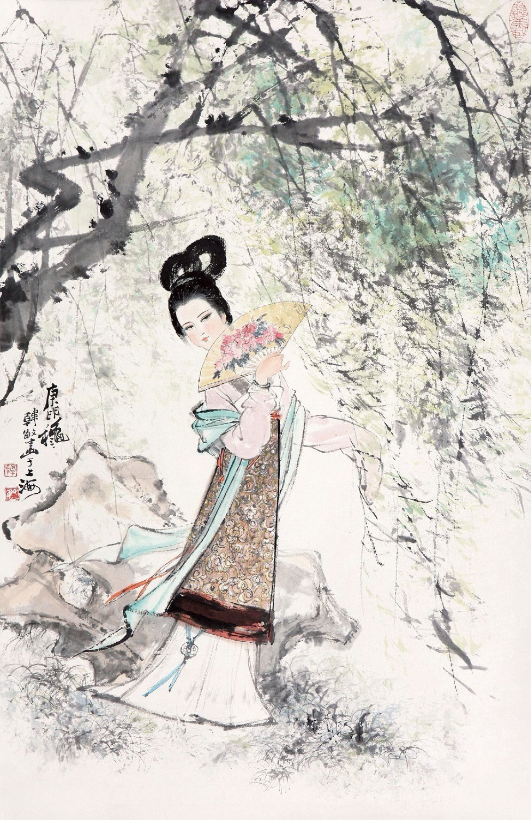
年年岁岁花相似，岁岁年年人不同。